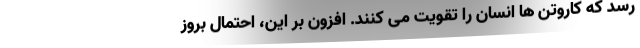
رسد که کاروتن ها انسان را تقویت می کنند. افزون بر این، احتمال بروز